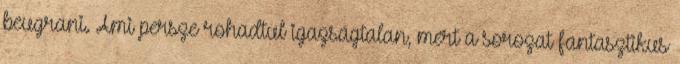
beugrani. Ami persze rohadtul igazságtalan, mert a sorozat fantasztikus